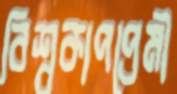
বিশ্বকাপপ্রেমী